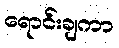
ရောင်းချကာ